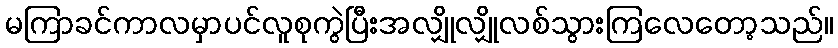
မကြာခင်ကာလမှာပင်လူစုကွဲပြီးအလျှိုလျှိုလစ်သွားကြလေတော့သည်။